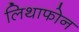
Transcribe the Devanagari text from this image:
लिथाफोन